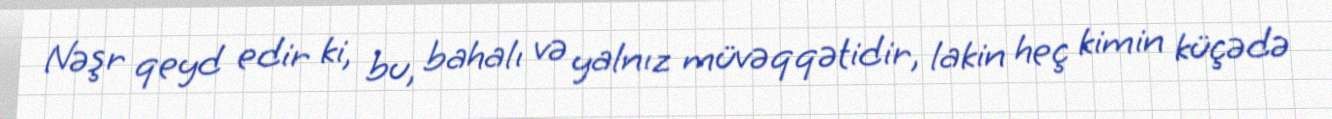
Nəşr qeyd edir ki, bu, bahalı və yalnız müvəqqətidir, lakin heç kimin küçədə